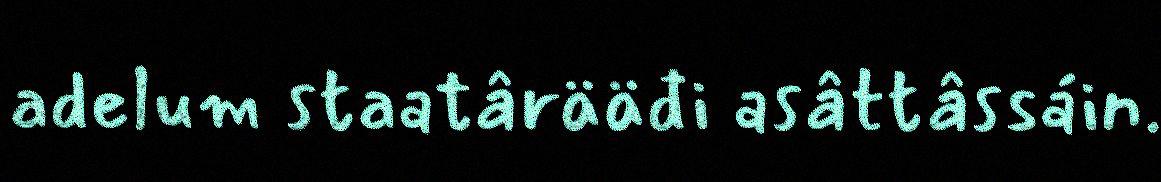
adelum staatârääđi asâttâssáin.